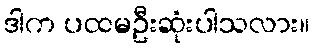
ဒါက ပထမဦးဆုံးပါသလား။